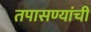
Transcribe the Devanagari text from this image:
तपासण्यांची